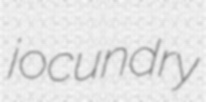
jocundry